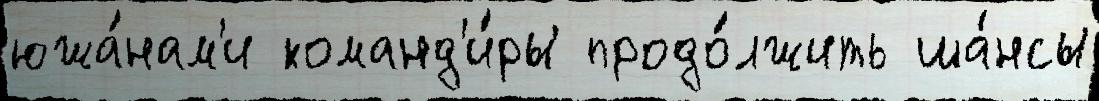
южа́нам'и команд'и́ры продо́лжить ша́нсы